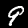
Digit: 9